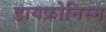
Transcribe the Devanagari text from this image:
डायक्रोनिस्म